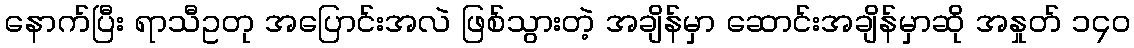
နောက်ပြီး ရာသီဥတု အပြောင်းအလဲ ဖြစ်သွားတဲ့ အချိန်မှာ ဆောင်းအချိန်မှာဆို အနှုတ် ၁၄၀